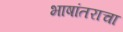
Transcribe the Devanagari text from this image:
भाषांतराचा